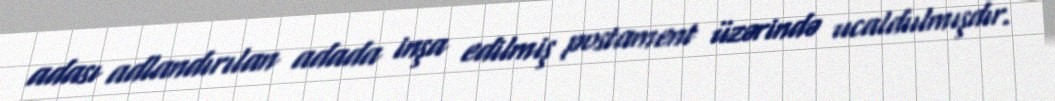
adası adlandırılan adada inşa edilmiş postament üzərində ucaldıılmışdır.